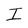
Character: I